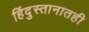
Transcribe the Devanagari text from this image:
हिंदुस्तानातही